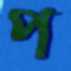
প